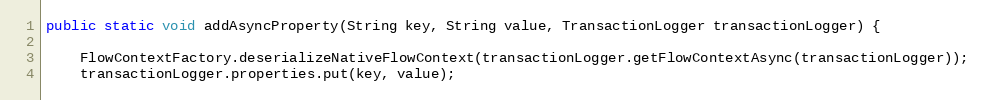
Language: Java
public static void addAsyncProperty(String key, String value, TransactionLogger transactionLogger) {

    FlowContextFactory.deserializeNativeFlowContext(transactionLogger.getFlowContextAsync(transactionLogger));
    transactionLogger.properties.put(key, value);